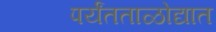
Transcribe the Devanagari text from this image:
पर्यंतताळोद्यात